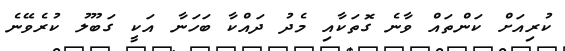
ކުރިއަށް ކަންތައް ވާނެ ގޮތަކާއި މެދު ދައްކާ ބަހަނާ އަކީ ގަބޫލު ކުރެވޭނެ